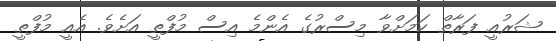
ޝަރުއީ ފަރާތް ކަމަށްވާ މިސްރުގެ އެންމެ އިސް މުފްތީ އަށެވެ. އެއީ މުފްތީ